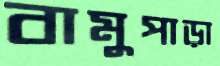
বামুপাড়া